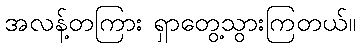
အလန့်တကြား ရှာတွေ့သွားကြတယ်။